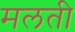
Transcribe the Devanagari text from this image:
मलती